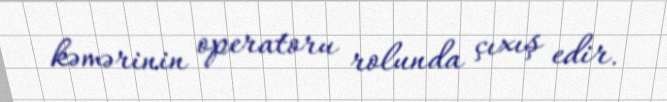
kəmərinin operatoru rolunda çıxış edir.